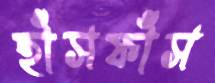
হাঁসফাঁস